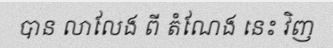
បាន លាលែង ពី តំណែង នេះ វិញ